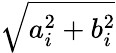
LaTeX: \sqrt{a_{i}^{2}+b_{i}^{2}}